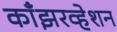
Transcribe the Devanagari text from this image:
काँझरव्हेशन